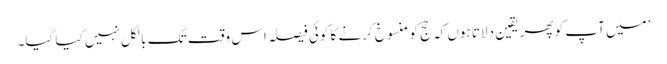
’میں آپ کو پھر یقین دلاتا ہوں کہ حج کو منسوخ کرنے کا کوئی فیصلہ اس وقت تک بالکل نہیں کیا گیا۔